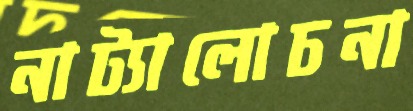
নাট্যালোচনা